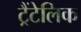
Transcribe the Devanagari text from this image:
ट्रैंटेलिक